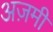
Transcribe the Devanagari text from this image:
अज़मी